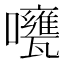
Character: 𱕫